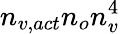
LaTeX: n_{v,act}n_{o}n_{v}^{4}